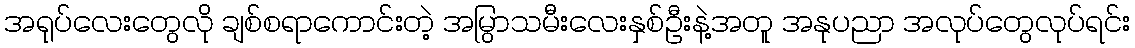
အရုပ်လေးတွေလို ချစ်စရာကောင်းတဲ့ အမြွာသမီးလေးနှစ်ဦးနဲ့အတူ အနုပညာ အလုပ်တွေလုပ်ရင်း